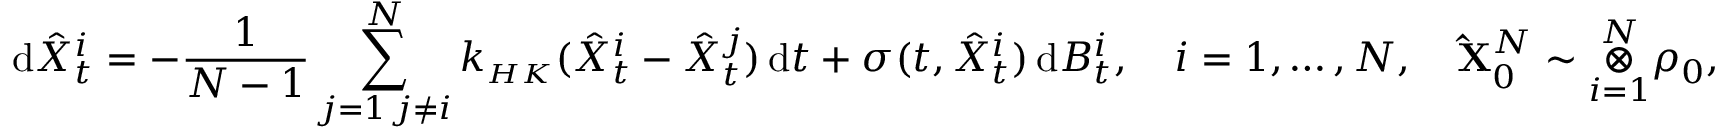
\, \mathrm { d } \hat { X } _ { t } ^ { i } = - \frac { 1 } { N - 1 } \sum _ { \substack { j = 1 \, j \neq i } } ^ { N } k _ { \scriptscriptstyle { H K } } ( \hat { X } _ { t } ^ { i } - \hat { X } _ { t } ^ { j } ) \, \mathrm { d } t + \sigma ( t , \hat { X } _ { t } ^ { i } ) \, \mathrm { d } B _ { t } ^ { i } , \quad i = 1 , \ldots , N , \quad \mathbf { \hat { X } } _ { 0 } ^ { N } \sim \overset { N } { \underset { i = 1 } { \otimes } } \rho _ { 0 } ,